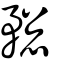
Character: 𥍷